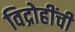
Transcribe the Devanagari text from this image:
विद्रोहींची